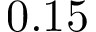
0 . 1 5